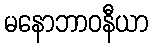
မနောဘာဝနီယာ